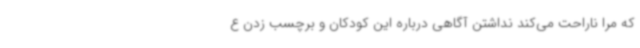
که مرا ناراحت می‌کند نداشتن آگاهی درباره این کودکان و برچسب زدن ع